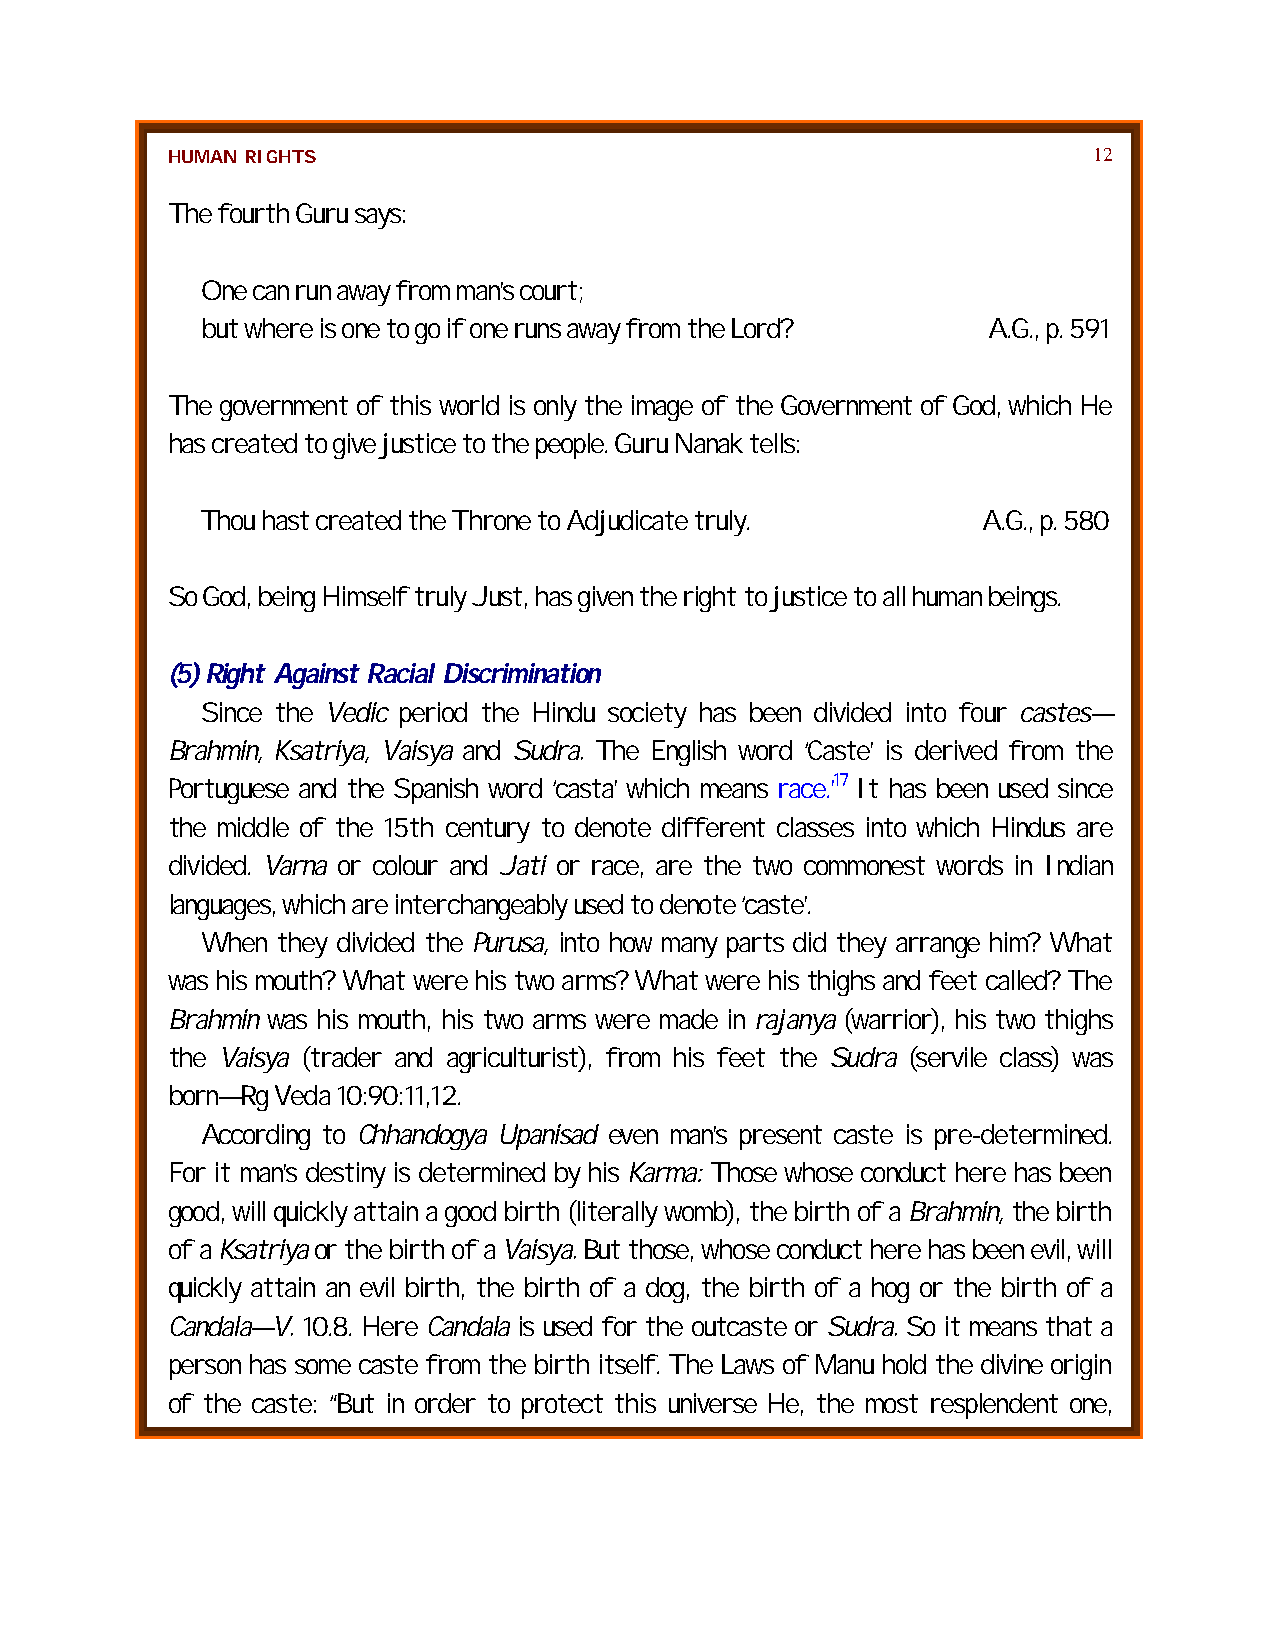
HUMAN RIGHTS                                                 12
 The fourth Guru says:
 One can run away from man’s court;
 but where is one to go if one runs away from the Lord? A.G., p. 591
 The government of this world is only the image of the Government of God, which He
 has created to give justice to the people. Guru Nanak tells:
 Thou hast created the Throne to Adjudicate truly.   A.G., p. 580
 So God, being Himself truly Just, has given the right to justice to all human beings.
 (5) Right Against Racial Discrimination
 Since the Vedic period the Hindu society has been divided into four castes—
 Brahmin, Ksatriya, Vaisya and Sudra. The English word ‘Caste’ is derived from the
 Portuguese and the Spanish word ‘casta’ which means race.’17 It has been used since
 the middle of the 15th century to denote different classes into which Hindus are
 divided. Varna or colour and Jati or race, are the two commonest words in Indian
 languages, which are interchangeably used to denote ‘caste’.
 When they divided the Purusa, into how many parts did they arrange him? What
 was his mouth? What were his two arms? What were his thighs and feet called? The
 Brahmin was his mouth, his two arms were made in rajanya (warrior), his two thighs
 the Vaisya (trader and agriculturist), from his feet the Sudra (servile class) was
 born—Rg Veda 10:90:11,12.
 According to Chhandogya Upanisad even man’s present caste is pre-determined.
 For it man’s destiny is determined by his Karma: Those whose conduct here has been
 good, will quickly attain a good birth (literally womb), the birth of a Brahmin, the birth
 of a Ksatriya or the birth of a Vaisya. But those, whose conduct here has been evil, will
 quickly attain an evil birth, the birth of a dog, the birth of a hog or the birth of a
 Candala—V. 10.8. Here Candala is used for the outcaste or Sudra. So it means that a
 person has some caste from the birth itself. The Laws of Manu hold the divine origin
 of the caste: “But in order to protect this universe He, the most resplendent one,